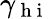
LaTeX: \gamma_{\mathrm{~h~i~}}